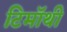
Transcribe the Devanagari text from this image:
टिमॉथी